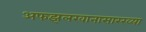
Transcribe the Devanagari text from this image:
अफझलखानासारख्या